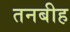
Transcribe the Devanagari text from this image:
तनबीह